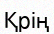
Қрің